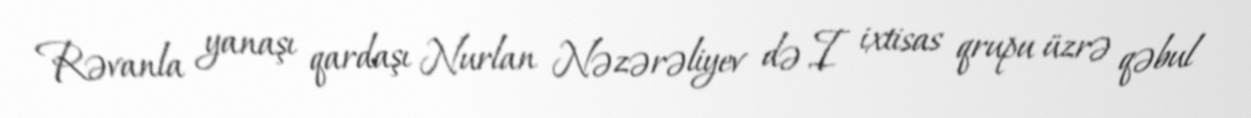
Rəvanla yanaşı qardaşı Nurlan Nəzərəliyev də I ixtisas qrupu üzrə qəbul